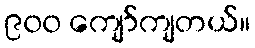
၉၀၀ ကျော်ကျတယ်။